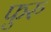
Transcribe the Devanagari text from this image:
फुरु